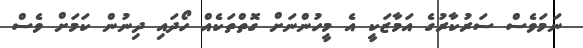
ނަމަވެސް ސަރުކާރުގެ އަމާޒަކީ އެ މީހުންނަށް ގޮތްތަކެއް ހޯދައި ދިނުން ކަމަށް ވެސް